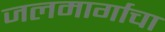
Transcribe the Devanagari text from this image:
जलमार्गाचा